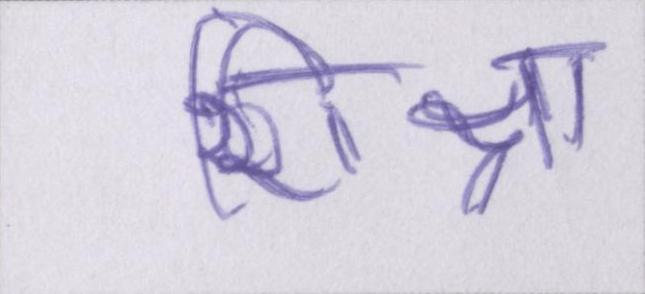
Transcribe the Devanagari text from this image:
शिक्षा